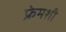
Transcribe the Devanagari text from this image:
फ्रेमशी